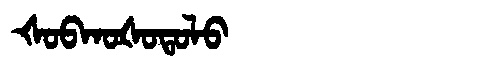
Manchu: ᡧᠣᠪᡴᠣᡧᠣᡨᠣᠯᠣ
Romanization: ŠOBKOŠOTOLO